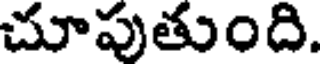
చూపుతుంది.